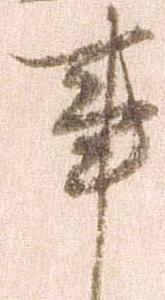
事